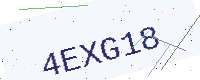
Text: 4EXG18